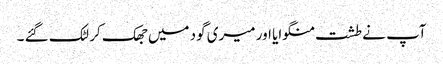
آپ نے طشت منگوایا اور میری گود میں جھک کر لٹک گئے ۔